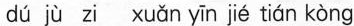
dú jù zi xuǎn yīn jié tián kòng